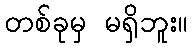
တစ်ခုမှ မရှိဘူး။